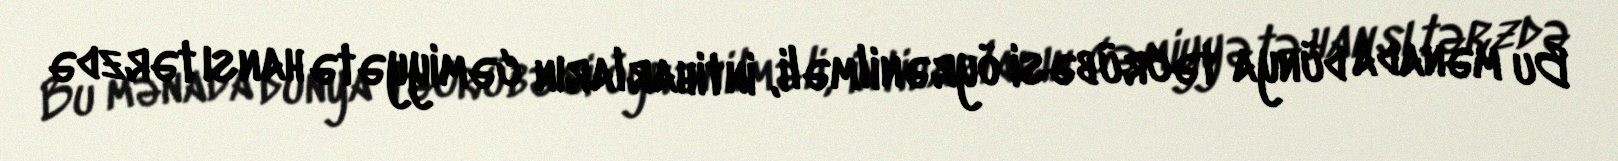
Bu mənada dünya təcrübəsi öyrənilməli, intiharların cəmiyyətə hansı tərzdə